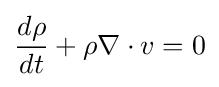
{\frac {d\rho }{dt}}+\rho \nabla \cdot v=0